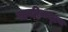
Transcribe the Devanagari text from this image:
सामरिकदृष्ट्या